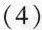
(4)